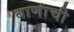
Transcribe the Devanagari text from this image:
बाणांची